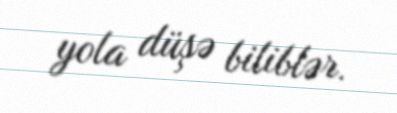
yola düşə biliblər.